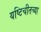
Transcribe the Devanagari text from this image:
यष्टिचीतच्या